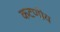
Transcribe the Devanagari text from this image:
कटणीय